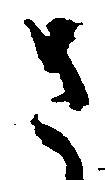
さ